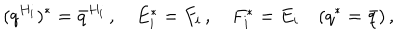
LaTeX: ( q ^ { H _ { i } } ) ^ { * } = { \bar { q } } ^ { H _ { i } } \, , \quad E _ { i } ^ { * } = F _ { i } \, , \quad F _ { i } ^ { * } = E _ { i } \quad ( q ^ { * } = \bar { q } ) \, ,